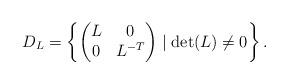
LaTeX: \begin{align*}D_L = \left\{\begin{pmatrix}L & 0\\0 & L^{-T}\end{pmatrix} \mid \det(L) \neq 0 \right\}.\end{align*}